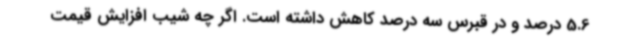
5.6 درصد و در قبرس سه درصد کاهش داشته است. اگر چه شیب افزایش قیمت